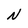
Character: N